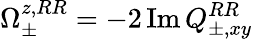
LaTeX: \Omega_{\pm}^{z,RR}=-2\operatorname{Im}Q_{\pm,xy}^{RR}